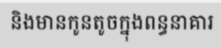
និងមានកូនតូចក្នុងពន្ធនាគារ